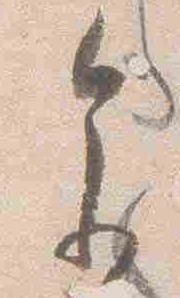
参